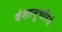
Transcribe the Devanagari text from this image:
वंशानुचरितं